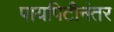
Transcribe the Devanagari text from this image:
पायपिटीनंतर